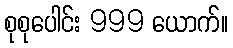
စုစုပေါင်း 999 ယောက်။